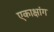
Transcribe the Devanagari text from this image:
एकाक्षांग